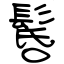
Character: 䯺